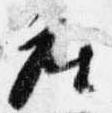
座